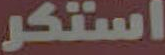
استكر